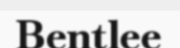
Bentlee